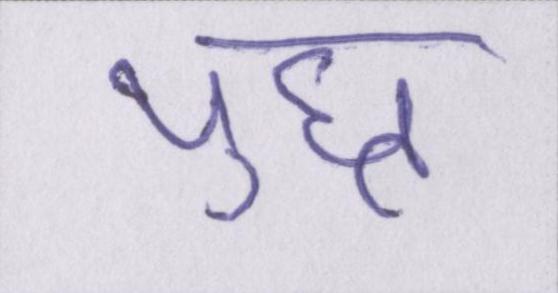
युध्द